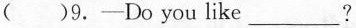
( )9.—Do you like___?